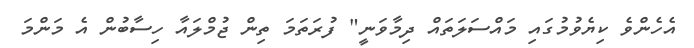
އެހެންވެ ކިޔެވުމުގައި މައްސަލަތައް ދިމާވަނީ" ފުރަތަމަ ތިން ޖުމްލައާ ހިސާބުން އެ މަންމަ